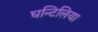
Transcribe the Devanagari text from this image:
घन्टिलिया